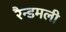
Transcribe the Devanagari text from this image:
रैन्डमली